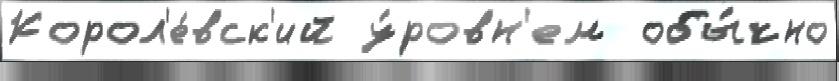
Корол'е́вск'ий у́ровн'ем  обы́чно